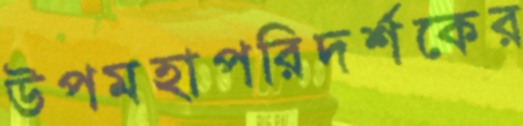
উপমহাপরিদর্শকের